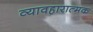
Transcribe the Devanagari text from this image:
व्यावहारात्मक